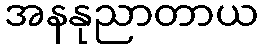
အနနုညာတာယ